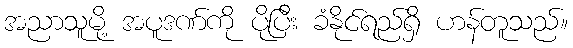
အညာသူမို့ အပူဒဏ်ကို ပိုပြီး ခံနိုင်ရည်ရှိ ဟန်တူသည်။